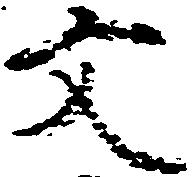
文